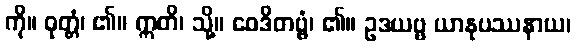
ကို။ ဝုတ္တံ၊ ၏။ ဣတိ၊ သို့။ ဝေဒိတဗ္ဗံ၊ ၏။ ဥဒယဗ္ဗ ယာနုပဿနာယ၊